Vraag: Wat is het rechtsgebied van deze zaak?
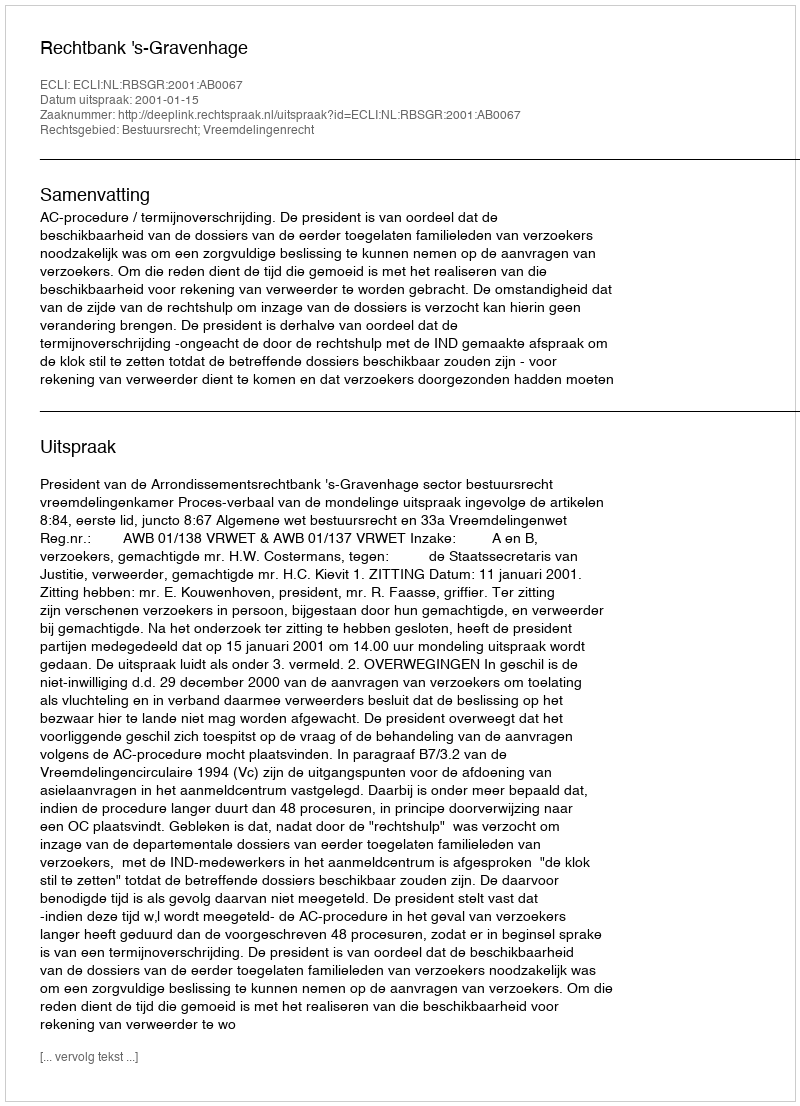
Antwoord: Bestuursrecht; Vreemdelingenrecht